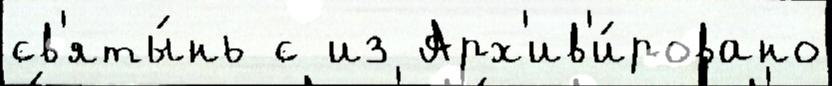
св'яты́нь с из Арх'ив'и́ровано